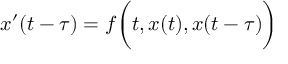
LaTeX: x ^ { \prime } ( t - \tau ) = f { \biggl ( } t , x ( t ) , x ( t - \tau ) { \biggr ) }